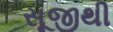
સૂજીથી